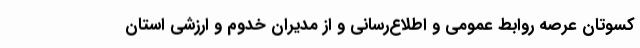
کسوتان عرصه روابط عمومی و اطلاع‌رسانی و از مدیران خدوم و ارزشی استان